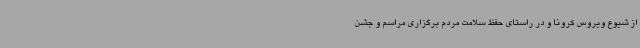
از شیوع ویروس کرونا و در راستای حفظ سلامت مردم برگزاری مراسم و جشن